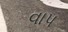
વાપ